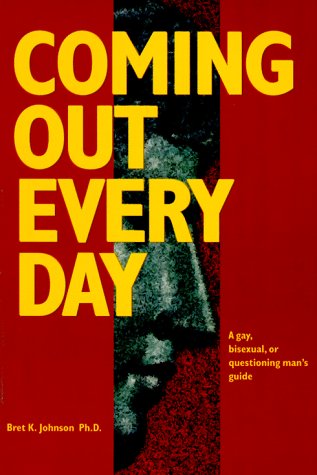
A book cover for Coming Out Every Day : A Gay, Bisexual, and Questioning Man's Guide; Ph.D. Bret K. Johnson; Gay & Lesbian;